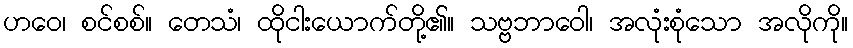
ဟဝေ၊ စင်စစ်။ တေသံ၊ ထိုငါးယောက်တို့၏။ သဗ္ဗဘာဝေါ၊ အလုံးစုံသော အလိုကို။